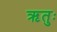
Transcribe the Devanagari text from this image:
ऋतुः